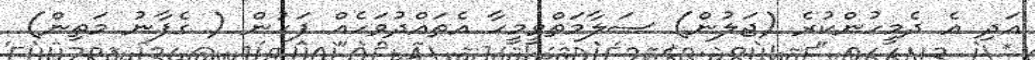
އަދި އެ ދެމީހުންކުރެ (ޖަލުން) ސަލާމަތްވީމީހާ އެތައްދުވަހެއް ފަހުން ( ގެފާނު މަތިިން)